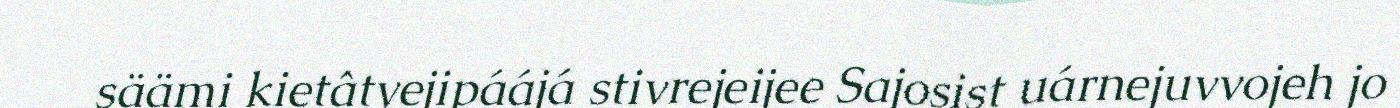
säämi kietâtyejipáájá stivrejeijee Sajosist uárnejuvvojeh jo